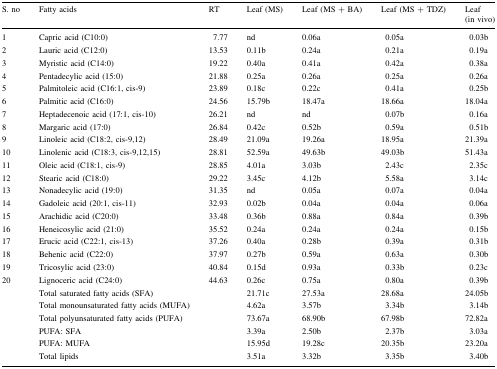
<table><thead><tr><td><b>S. no</b></td><td><b>Fatty acids</b></td><td><b>RT</b></td><td><b>Leaf (MS)</b></td><td><b>Leaf (MS + BA)</b></td><td><b>Leaf (MS + TDZ)</b></td><td><b>Leaf(in vivo)</b></td></tr></thead><tbody><tr><td>1</td><td>Capric acid (C10:0)</td><td>7.77</td><td>nd</td><td>0.06a</td><td>0.05a</td><td>0.03b</td></tr><tr><td>2</td><td>Lauric acid (C12:0)</td><td>13.53</td><td>0.11b</td><td>0.24a</td><td>0.21a</td><td>0.19a</td></tr><tr><td>3</td><td>Myristic acid (C14:0)</td><td>19.22</td><td>0.40a</td><td>0.41a</td><td>0.42a</td><td>0.38a</td></tr><tr><td>4</td><td>Pentadecylic acid (15:0)</td><td>21.88</td><td>0.25a</td><td>0.26a</td><td>0.25a</td><td>0.26a</td></tr><tr><td>5</td><td>Palmitoleic acid (C16:1, cis-9)</td><td>23.89</td><td>0.18c</td><td>0.22c</td><td>0.41a</td><td>0.25b</td></tr><tr><td>6</td><td>Palmitic acid (C16:0)</td><td>24.56</td><td>15.79b</td><td>18.47a</td><td>18.66a</td><td>18.04a</td></tr><tr><td>7</td><td>Heptadecenoic acid (17:1, cis-10)</td><td>26.21</td><td>nd</td><td>nd</td><td>0.07b</td><td>0.16a</td></tr><tr><td>8</td><td>Margaric acid (17:0)</td><td>26.84</td><td>0.42c</td><td>0.52b</td><td>0.59a</td><td>0.51b</td></tr><tr><td>9</td><td>Linoleic acid (C18:2, cis-9,12)</td><td>28.49</td><td>21.09a</td><td>19.26a</td><td>18.95a</td><td>21.39a</td></tr><tr><td>10</td><td>Linolenic acid (C18:3, cis-9,12,15)</td><td>28.81</td><td>52.59a</td><td>49.63b</td><td>49.03b</td><td>51.43a</td></tr><tr><td>11</td><td>Oleic acid (C18:1, cis-9)</td><td>28.85</td><td>4.01a</td><td>3.03b</td><td>2.43c</td><td>2.35c</td></tr><tr><td>12</td><td>Stearic acid (C18:0)</td><td>29.22</td><td>3.45c</td><td>4.12b</td><td>5.58a</td><td>3.14c</td></tr><tr><td>13</td><td>Nonadecylic acid (19:0)</td><td>31.35</td><td>nd</td><td>0.05a</td><td>0.07a</td><td>0.04a</td></tr><tr><td>14</td><td>Gadoleic acid (20:1, cis-11)</td><td>32.93</td><td>0.02b</td><td>0.04a</td><td>0.04a</td><td>0.06a</td></tr><tr><td>15</td><td>Arachidic acid (C20:0)</td><td>33.48</td><td>0.36b</td><td>0.88a</td><td>0.84a</td><td>0.39b</td></tr><tr><td>16</td><td>Heneicosylic acid (21:0)</td><td>35.52</td><td>0.24a</td><td>0.24a</td><td>0.24a</td><td>0.15b</td></tr><tr><td>17</td><td>Erucic acid (C22:1, cis-13)</td><td>37.26</td><td>0.40a</td><td>0.28b</td><td>0.39a</td><td>0.31b</td></tr><tr><td>18</td><td>Behenic acid (C22:0)</td><td>37.97</td><td>0.27b</td><td>0.59a</td><td>0.63a</td><td>0.30b</td></tr><tr><td>19</td><td>Tricosylic acid (23:0)</td><td>40.84</td><td>0.15d</td><td>0.93a</td><td>0.33b</td><td>0.23c</td></tr><tr><td>20</td><td>Lignoceric acid (C24:0)</td><td>44.63</td><td>0.26c</td><td>0.75a</td><td>0.80a</td><td>0.39b</td></tr><tr><td></td><td>Total saturated fatty acids (SFA)</td><td></td><td>21.71c</td><td>27.53a</td><td>28.68a</td><td>24.05b</td></tr><tr><td></td><td>Total monounsaturated fatty acids (MUFA)</td><td></td><td>4.62a</td><td>3.57b</td><td>3.34b</td><td>3.14b</td></tr><tr><td></td><td>Total polyunsaturated fatty acids (PUFA)</td><td></td><td>73.67a</td><td>68.90b</td><td>67.98b</td><td>72.82a</td></tr><tr><td></td><td>PUFA: SFA</td><td></td><td>3.39a</td><td>2.50b</td><td>2.37b</td><td>3.03a</td></tr><tr><td></td><td>PUFA: MUFA</td><td></td><td>15.95d</td><td>19.28c</td><td>20.35b</td><td>23.20a</td></tr><tr><td></td><td>Total lipids</td><td></td><td>3.51a</td><td>3.32b</td><td>3.35b</td><td>3.40b</td></tr></tbody></table>